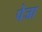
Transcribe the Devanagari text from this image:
पेजा